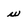
Character: w